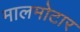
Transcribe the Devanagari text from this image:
मालमोटार